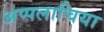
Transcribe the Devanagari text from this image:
अप्पलाचिया